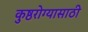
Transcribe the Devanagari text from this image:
कुष्ठरोग्यासाठी